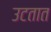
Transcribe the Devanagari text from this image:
उटतात